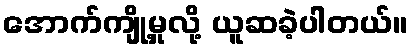
အောက်ကျို့မှုလို့ ယူဆခဲ့ပါတယ်။